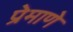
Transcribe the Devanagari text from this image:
प्रेमाणे